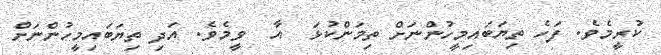
ކުރީމެވެ. ފަހެ ތިޔަބައިމީހުންނަށް ތިމަންކުޅަ  އާ  ވީމެވެ. އަދި ތިޔަބައިމީހުންނަށް